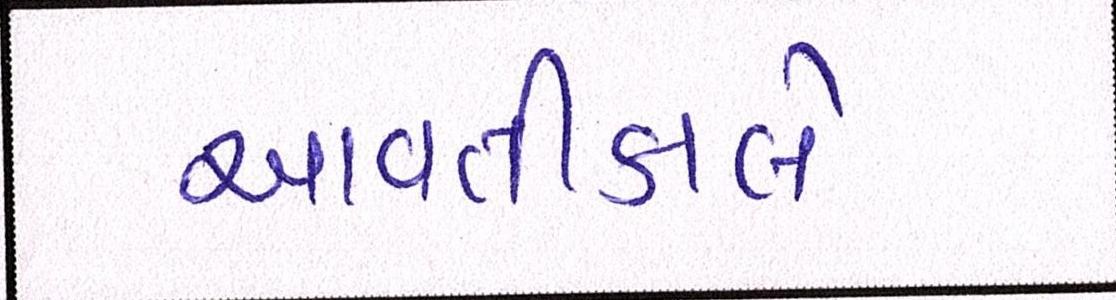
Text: આવતીકાલે